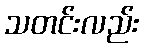
သတင်းလည်း